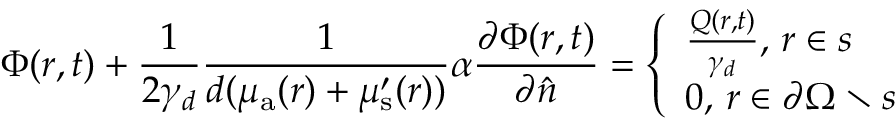
\Phi ( r , t ) + \frac { 1 } { 2 \gamma _ { d } } \frac { 1 } { d ( \mu _ { { \mathrm a } } ( r ) + \mu _ { \mathrm { s } } ^ { \prime } ( r ) ) } \alpha \frac { \partial \Phi ( r , t ) } { \partial \hat { n } } = \left\lbrace \begin{array} { l } { \frac { Q ( r , t ) } { \gamma _ { d } } , \, r \in s } \\ { 0 , \, r \in \partial \Omega \setminus s } \end{array} \right.